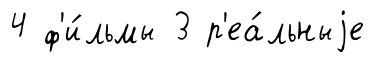
4 ф'и́льмы 3 р'еа́льныjе